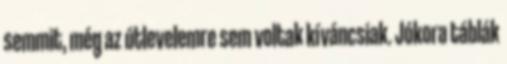
semmit, még az útlevelemre sem voltak kíváncsiak. Jókora táblák